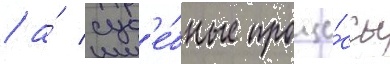
/ а́ суд'е́бные проце́ссы